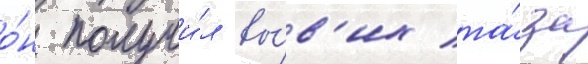
о́н получи́л вы́в'их та́за